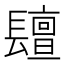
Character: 𨲵